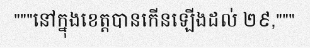
"""នៅក្នុងខេត្តបានកើនឡើងដល់ ២៩,"""